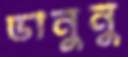
ভানুনু